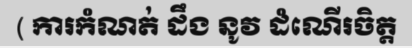
( ការកំណត់ ដឹង នូវ ដំណើរចិត្ត